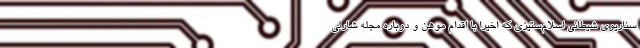
سناریوی شیطانی اسلام‌ستیزی که اخیراً با اقدام موهن و دوباره مجله شارلی